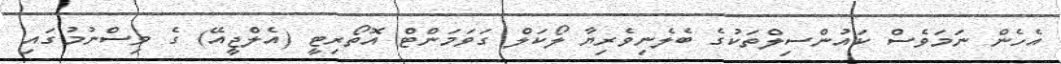
އެހެން ނަމަވެސް ކައުންސިލްތަކުގެ ބެލެނިވެރިޔާ ލޯކަލް ގަވަމަންޓް އޮތޯރިޓީ (އެލްޖީއޭ) ގެ ވިސްނުމުގައި